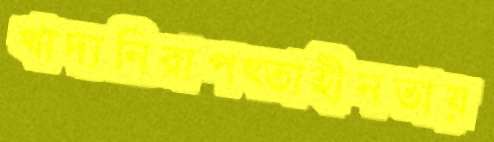
খাদ্যনিরাপত্তাহীনতায়